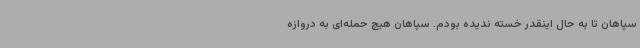
سپاهان تا به حال اینقدر خسته ندیده بودم. سپاهان هیچ حمله‌ای به دروازه